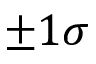
\pm 1 \sigma